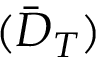
( { \bar { D } _ { T } } )